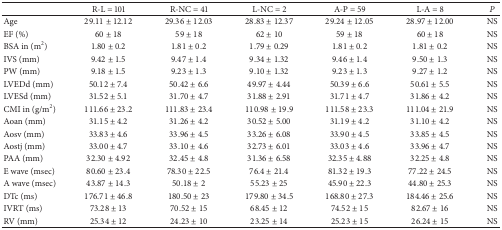
<table><thead><tr><td><b> </b></td><td><b>R-L = 101</b></td><td><b>R-NC = 41</b></td><td><b>L-NC = 2</b></td><td><b>A-P = 59</b></td><td><b>L-A = 8</b></td><td><b><i>P </i></b></td></tr></thead><tbody><tr><td>Age </td><td>29.11 ± 12.12</td><td>29.36 ± 12.03</td><td>28.83 ± 12.37</td><td>29.24 ± 12.05</td><td>28.97 ± 12.00</td><td>NS</td></tr><tr><td>EF (%) </td><td>60 ± 18</td><td>59 ± 18</td><td>62 ± 10</td><td>59 ± 18</td><td>60 ± 18</td><td>NS</td></tr><tr><td>BSA in (m<sup>2</sup>)</td><td>1.80 ± 0.2</td><td>1.81 ± 0.2</td><td>1.79 ± 0.29</td><td>1.81 ± 0.2</td><td>1.81 ± 0.2</td><td>NS</td></tr><tr><td>IVS (mm) </td><td>9.42 ± 1.5</td><td>9.47 ± 1.4</td><td>9.34 ± 1.32</td><td>9.46 ± 1.4</td><td>9.50 ± 1.3</td><td>NS</td></tr><tr><td>PW (mm) </td><td>9.18 ± 1.5</td><td>9.23 ± 1.3</td><td>9.10 ± 1.32</td><td>9.23 ± 1.3</td><td>9.27 ± 1.2</td><td>NS</td></tr><tr><td>LVEDd (mm) </td><td>50.12 ± 7.4</td><td>50.42 ± 6.6</td><td>49.97 ± 4.44</td><td>50.39 ± 6.6</td><td>50.61 ± 5.5</td><td>NS</td></tr><tr><td>LVESd (mm) </td><td>31.52 ± 5.1</td><td>31.70 ± 4.7</td><td>31.88 ± 2.91</td><td>31.71 ± 4.7</td><td>31.86 ± 4.2</td><td>NS</td></tr><tr><td>CMI in (g/m<sup>2</sup>) </td><td>111.66 ± 23.2</td><td>111.83 ± 23.4</td><td>110.98 ± 19.9</td><td>111.58 ± 23.3</td><td>111.04 ± 21.9</td><td>NS</td></tr><tr><td>Aoan (mm) </td><td>31.15 ± 4.2</td><td>31.26 ± 4.2</td><td>30.52 ± 5.00</td><td>31.19 ± 4.2</td><td>31.10 ± 4.2</td><td>NS</td></tr><tr><td>Aosv (mm) </td><td>33.83 ± 4.6</td><td>33.96 ± 4.5</td><td>33.26 ± 6.08</td><td>33.90 ± 4.5</td><td>33.85 ± 4.5</td><td>NS</td></tr><tr><td>Aostj (mm) </td><td>33.00 ± 4.7</td><td>33.10 ± 4.6</td><td>32.73 ± 6.01</td><td>33.03 ± 4.6</td><td>33.96 ± 4.7</td><td>NS</td></tr><tr><td>PAA (mm) </td><td>32.30 ± 4.92</td><td>32.45 ± 4.8</td><td>31.36 ± 6.58</td><td>32.35 ± 4.88</td><td>32.25 ± 4.8</td><td>NS</td></tr><tr><td>E wave (msec) </td><td>80.60 ± 23.4</td><td>78.30 ± 22.5</td><td>76.4 ± 21.4</td><td>81.32 ± 19.3</td><td>77.22 ± 24.5</td><td>NS</td></tr><tr><td>A wave (msec) </td><td>43.87 ± 14.3</td><td>50.18 ± 2</td><td>55.23 ± 25</td><td>45.90 ± 22.3</td><td>44.80 ± 25.3</td><td>NS</td></tr><tr><td>DTc (ms) </td><td>176.71 ± 46.8</td><td>180.50 ± 23</td><td>179.80 ± 34.5</td><td>168.80 ± 27.3</td><td>184.46 ± 25.6</td><td>NS</td></tr><tr><td>IVRT (ms) </td><td>73.28 ± 13</td><td>70.52 ± 15</td><td>68.45 ± 12</td><td>74.52 ± 15</td><td>82.67 ± 16</td><td>NS</td></tr><tr><td>RV (mm) </td><td>25.34 ± 12</td><td>24.23 ± 10</td><td>23.25 ± 14</td><td>25.23 ± 15</td><td>26.24 ± 15</td><td>NS</td></tr></tbody></table>